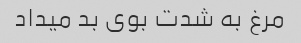
مرغ به شدت بوی بد میداد